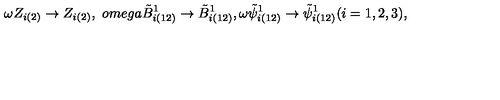
\omega Z _ { i ( 2 ) } \rightarrow Z _ { i ( 2 ) } , \ o m e g a \tilde { B } _ { i ( 1 2 ) } ^ { 1 } \rightarrow \tilde { B } _ { i ( 1 2 ) } ^ { 1 } , \omega \tilde { \psi } _ { i ( 1 2 ) } ^ { 1 } \rightarrow \tilde { \psi } _ { i ( 1 2 ) } ^ { 1 } ( i = 1 , 2 , 3 ) ,